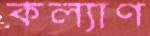
কল্যাণ